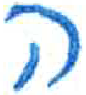
אות: ה